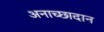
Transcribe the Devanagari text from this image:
अनाच्छादान